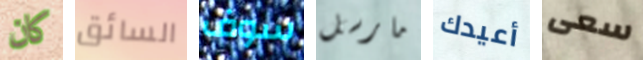
كان السائق سوف مارسل أعيدك سعى